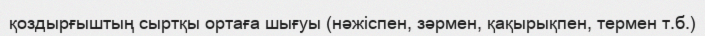
қоздырғыштың сыртқы ортаға шығуы (нәжіспен, зәрмен, қақырықпен, термен т.б.)